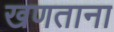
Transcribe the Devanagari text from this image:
खणताना